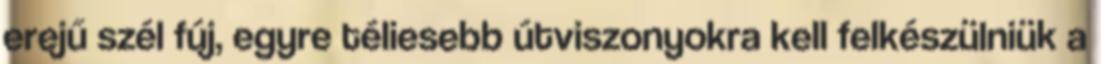
erejű szél fúj, egyre téliesebb útviszonyokra kell felkészülniük a